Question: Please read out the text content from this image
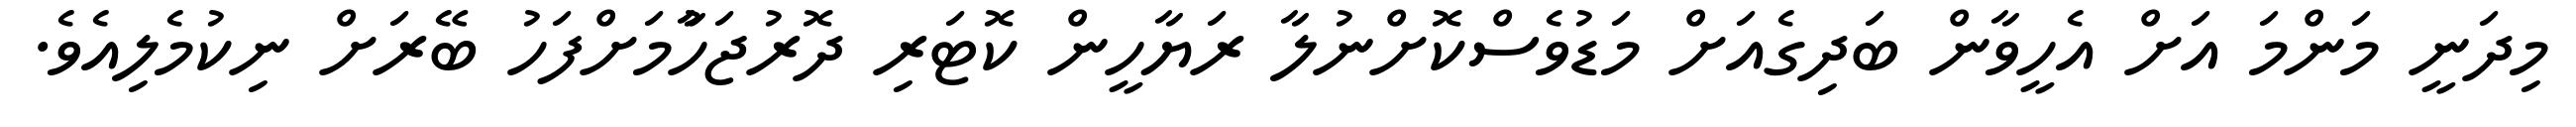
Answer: މިދަނީ މަންމަ އަށް އެހީވާން ބަދިގެއަށް މަޑުވެސްކޮށްނުލާ ރަޔާހީން ކޮޓަރި ދޮރުޖަހާުމަށްފަހު ބޭރަށް ނިކުމެލިއެވެ.